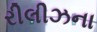
રીલીઝના